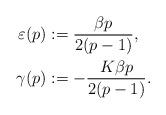
LaTeX: \begin{align*}\varepsilon(p) &:= \frac{\beta p}{2(p-1)},\\\gamma(p) &:= -\frac{K\beta p}{2(p-1)}.\end{align*}